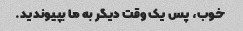
خوب، پس یک وقت دیگر به ما بپیوندید.